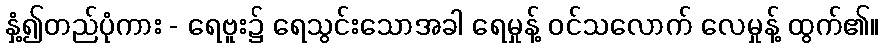
နှံ့၍တည်ပုံကား - ရေဗူး၌ ရေသွင်းသောအခါ ရေမှုန့် ဝင်သလောက် လေမှုန့် ထွက်၏။